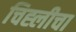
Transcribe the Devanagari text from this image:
चिह्लीचा